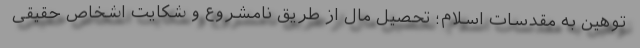
توهین به مقدسات اسلام؛ تحصیل مال از طریق نامشروع و شکایت اشخاص حقیقی